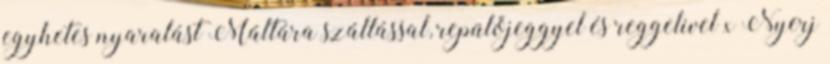
egyhetes nyaralást Máltára szállással, repülőjeggyel és reggelivel x Nyerj